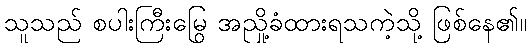
သူသည် စပါးကြီးမြွေ အညှို့ခံထားရသကဲ့သို့ ဖြစ်နေ၏။